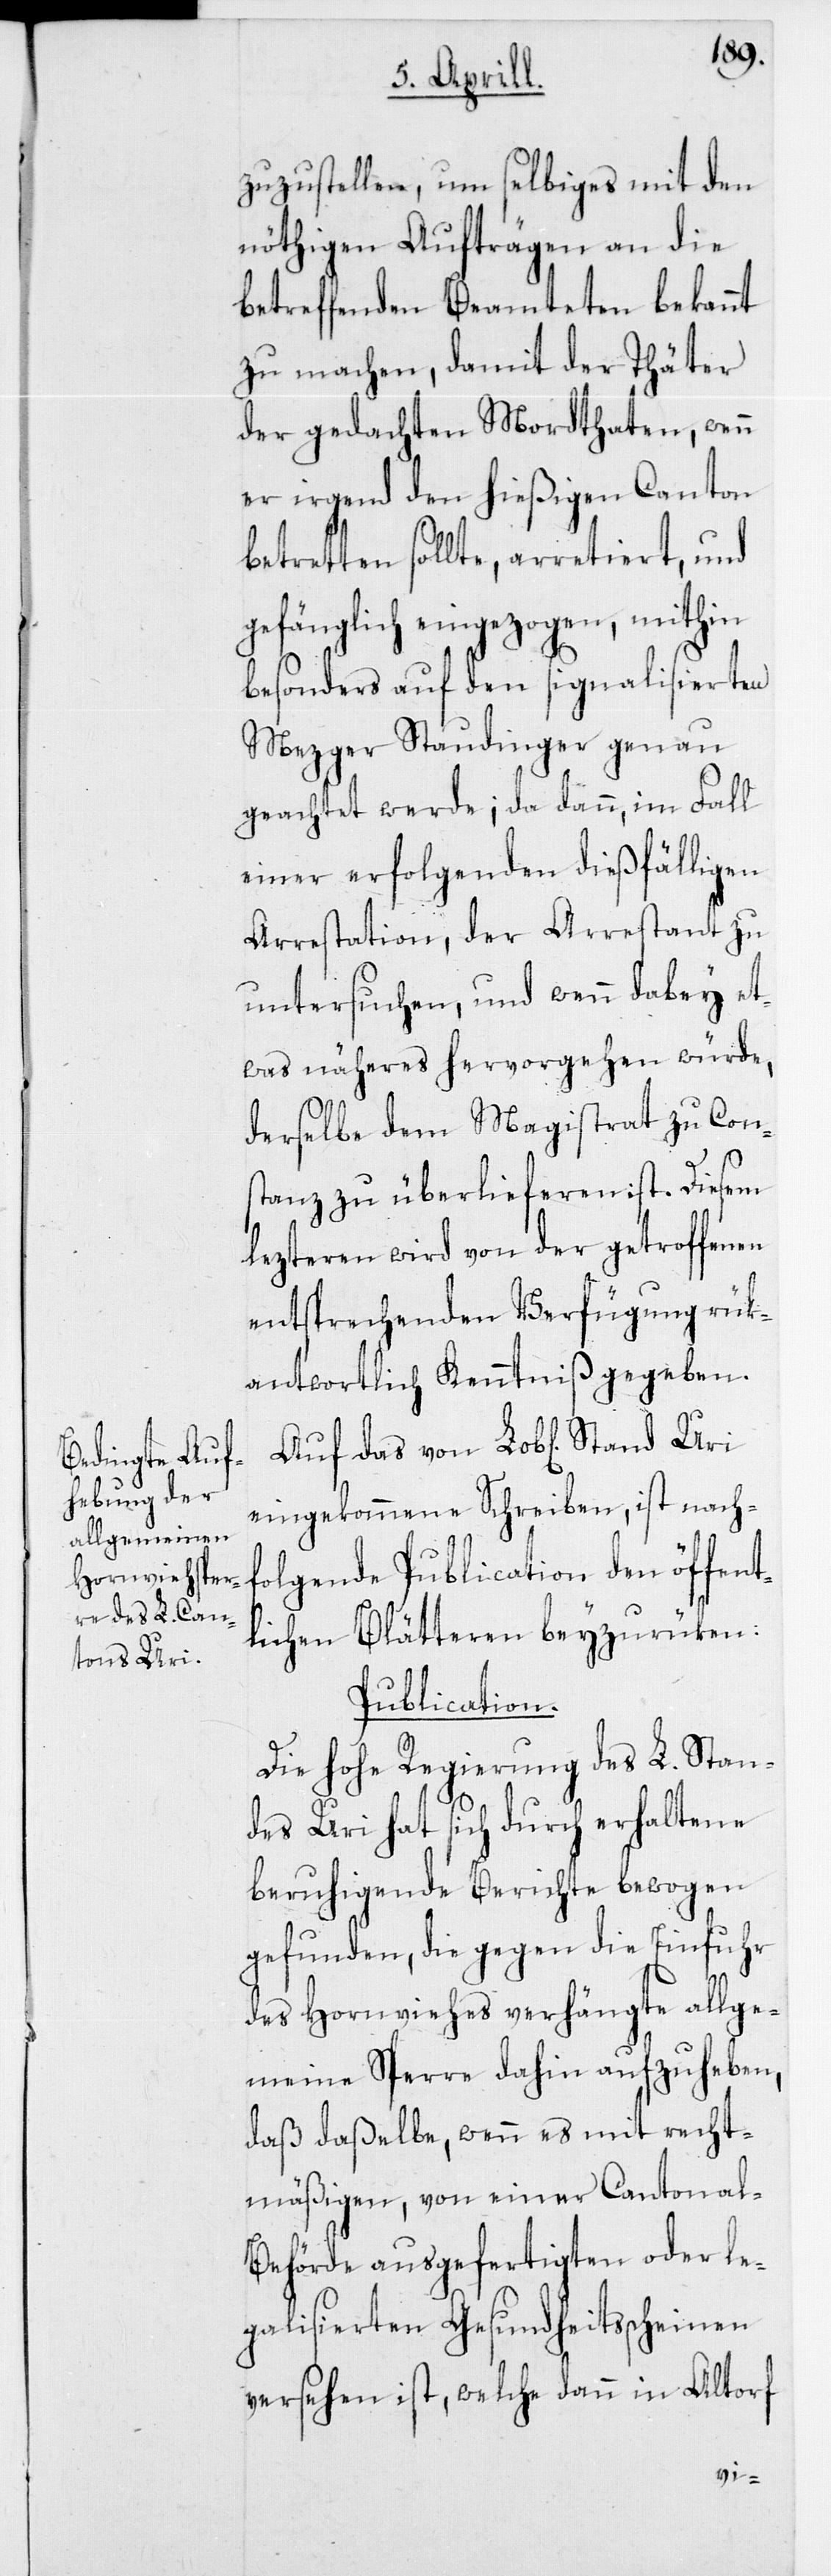
Stand Uri

zuzustellen, um selbiges mit den
nöthigen Aufträgen an die
betreffenden Beamteten bekannt
zu machen, damit der Thäter
der gedachten Mordthaten, wenn
er irgend den hießigen Canton
betretten sollte, arretiert, und
gefänglich eingezogen, mithin
besonders auf den signalisierten
Mezger Staudinger genau
geachtet werde; da dann, im Fall
einer erfolgenden dießfälligen
Arrestation, der Arrestant zu
untersuchen, und wenn dabey et¬
was näheres hervorgehen würde,
derselbe dem Magistrat zu Cons¬
tanz zu überlieferen ist. Diesem
lezteren wird von der getroffenen
entsprechenden Verfügung rük¬
antwortlich Kenntniß gegeben.
eingekommene Schreiben, ist nach¬
folgende Publication den öffent¬
lichen Blätteren beyzurüken:
Publication.
Die hohe Regierung des L. Stan¬
des Uri hat sich durch erhaltene
beruhigende Berichte bewogen
gefunden, die gegen die Einfuhr
des Hornviehes verhängte allge¬
meine Sperre dahin aufzuheben,
daß daßelbe, wenn es nicht recht¬
mäßigen, von einer Cantonal-B¬
ehörde ausgefertigten oder le¬
galisierten Gesundheitsscheinen
versehen ist, welche dann in Altorf